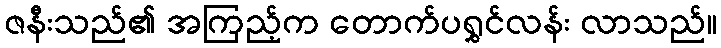
ဇနီးသည်၏ အကြည့်က တောက်ပရွှင်လန်း လာသည်။